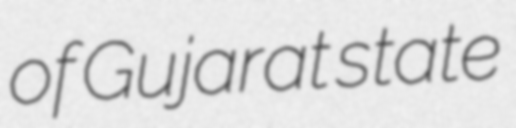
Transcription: of Gujarat state